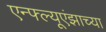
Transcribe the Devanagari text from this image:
एन्फ्ल्यूएंझाच्या